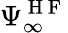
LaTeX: \Psi_{\infty}^{\mathrm{~H~F~}}